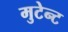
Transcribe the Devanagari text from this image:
मुटेन्ट